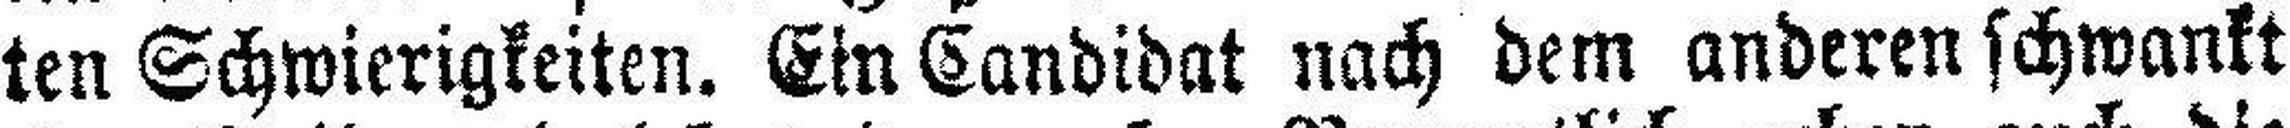
ten Schwierigkeiten. Ein Candidat nach dem anderen schwankt